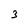
Character: 3